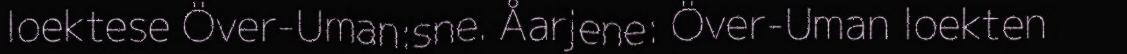
loektese Över-Uman:sne. Åarjene: Över-Uman loekten